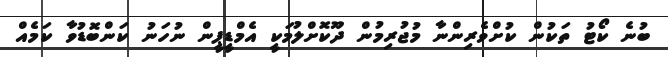
ބުނެ ކޯޓު ތަކުން ކުށްވެރިންނާ މުޖުރިމުން ދޫކޮށްލުމަކީ އެމްޑީޕީން ނުހަނު ކަންބޮޑުވާ ކަމެއް